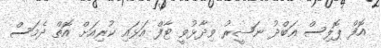
އޮފް ޕޮލިސް ޢަބްދު ނަޟީރު ވިދާޅުވީ ޓާފް އަޅައި ކުރިއަށް އޮތް ދެމަސް